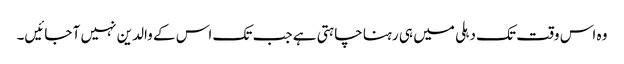
وہ اس وقت تک دہلی میں ہی رہنا چاہتی ہے جب تک اس کے والدین نہیں آ جائیں۔